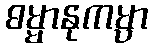
ဓမ္မာနုကမ္ပာ